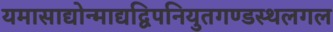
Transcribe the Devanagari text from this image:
यमासाद्योन्माद्यद्विपनियुतगण्डस्थलगल